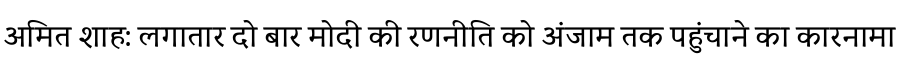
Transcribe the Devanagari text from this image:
अमित शाह: लगातार दो बार मोदी की रणनीति को अंजाम तक पहुंचाने का कारनामा